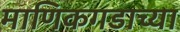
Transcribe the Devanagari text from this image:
माणिकगडाच्या